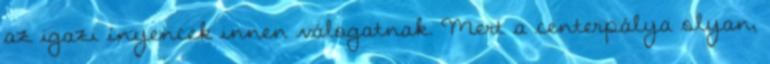
az igazi ínyencek innen válogatnak. Mert a centerpálya olyan,